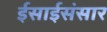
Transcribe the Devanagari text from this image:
ईसाईसंसार